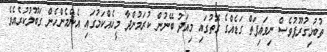
ތުބުޅިގުރޫޕުވެސް ނިވައިފަތް ގަޑެއްގެ ގޮތުގައި މިއަދު ބޭނުން ކުރަމުންދާ މީހެއްކަމުގައި އެންމެންހެން ގަބޫލުކުރެއެވެ.